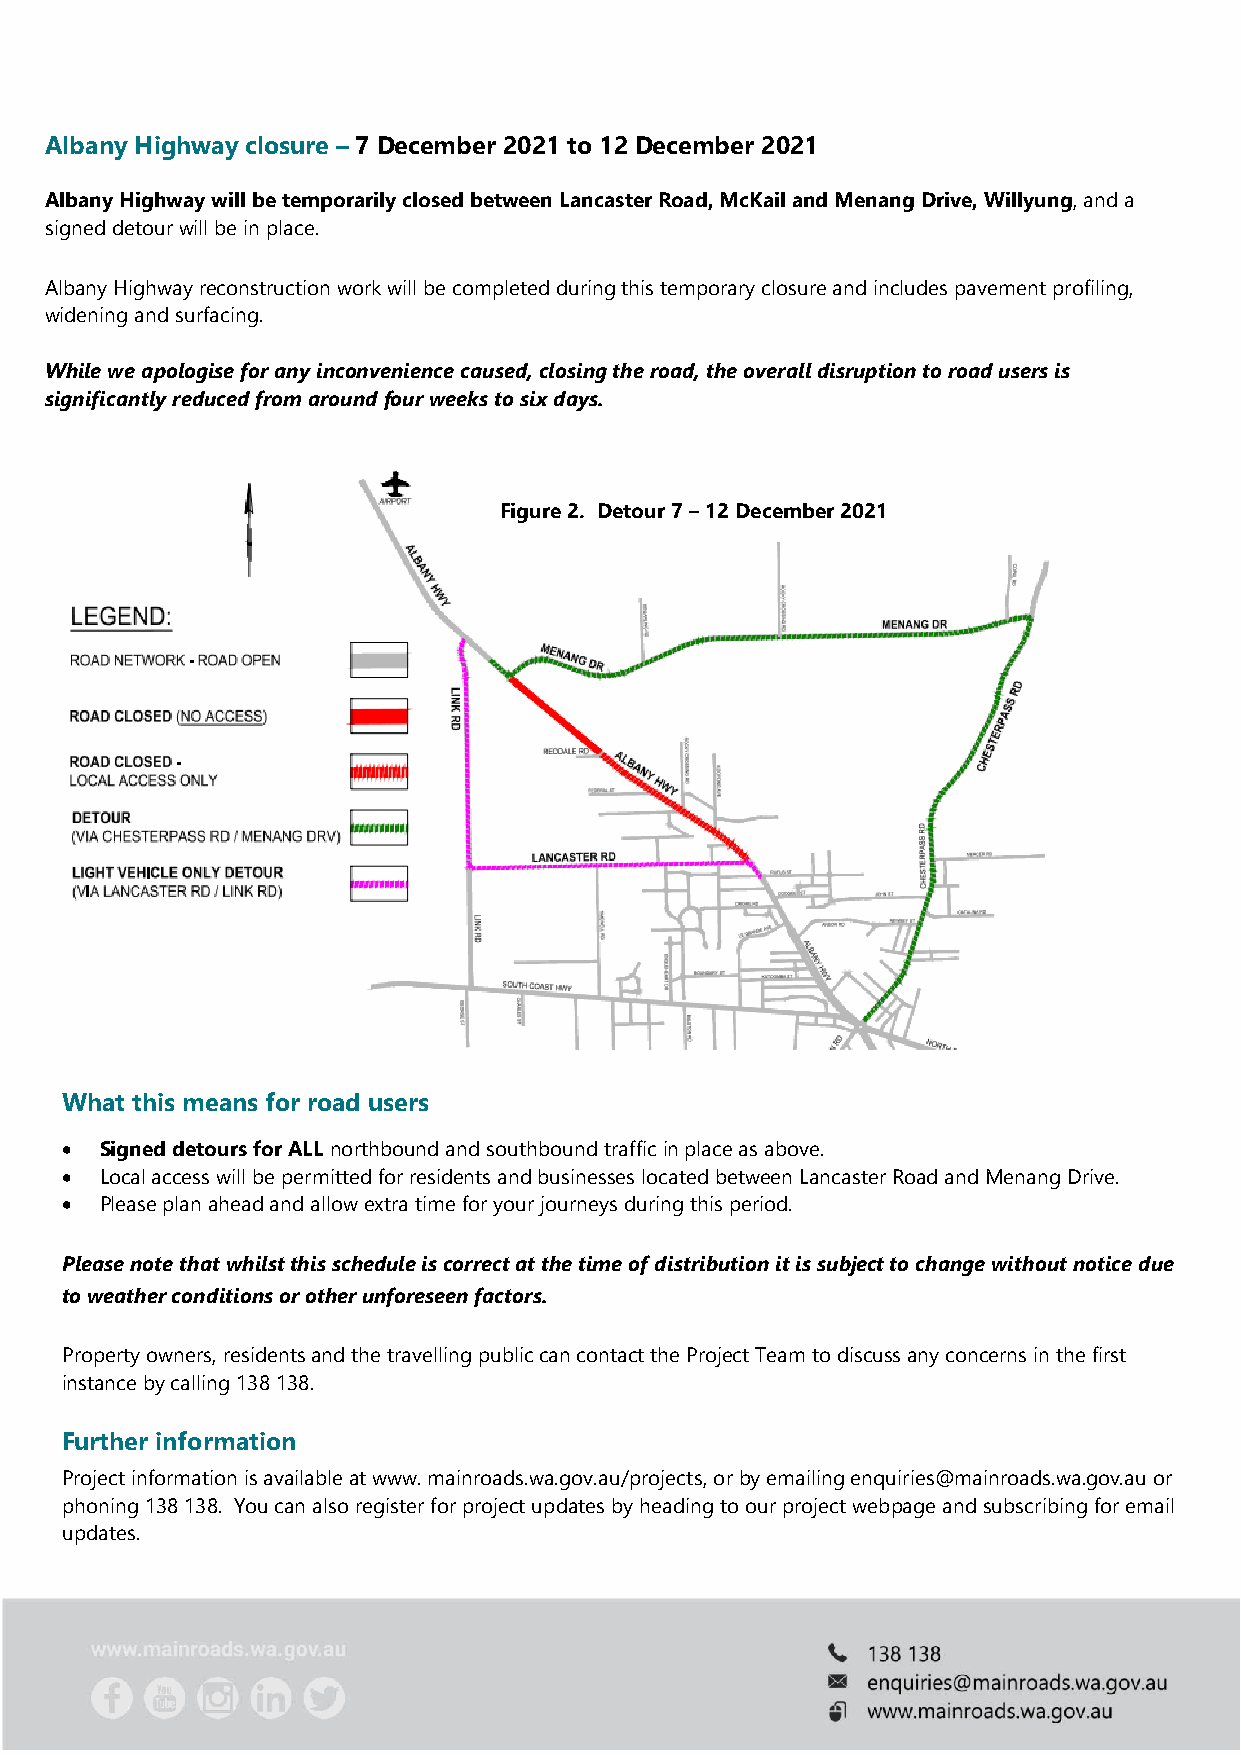
Albany Highway closure – 7 December 2021 to 12 December 2021
 Albany Highway will be temporarily closed between Lancaster Road, McKail and Menang Drive, Willyung, and a
 signed detour will be in place.
 Albany Highway reconstruction work will be completed during this temporary closure and includes pavement profiling,
 widen ing and surfacing.
 Whil e we apologise for any inconvenience caused, closing the road, the overall disruption to road users is
 significantly reduced from around four weeks to six days.
 Figure 2. Detour 7 – 12 December 2021
 What this means for road users
 •  Signed detours for ALL northbound and southbound traffic in place as above.
 •  Local access will be permitted for residents and businesses located between Lancaster Road and Menang Drive.
 •  Please plan ahead and allow extra time for your journeys during this period.
 Please note that whilst this schedule is correct at the time of distribution it is subject to change without notice due
 to weather conditions or other unforeseen factors.
 Property owners, residents and the travelling public can contact the Project Team to discuss any concerns in the first
 instance by calling 138 138.
 Further information
 Project information is available at www. mainroads.wa.gov.au/projects, or by emailing enquiries@mainroads.wa.gov.au or
 phoning 138 138. You can also register for project updates by heading to our project webpage and subscribing for email
 updates.